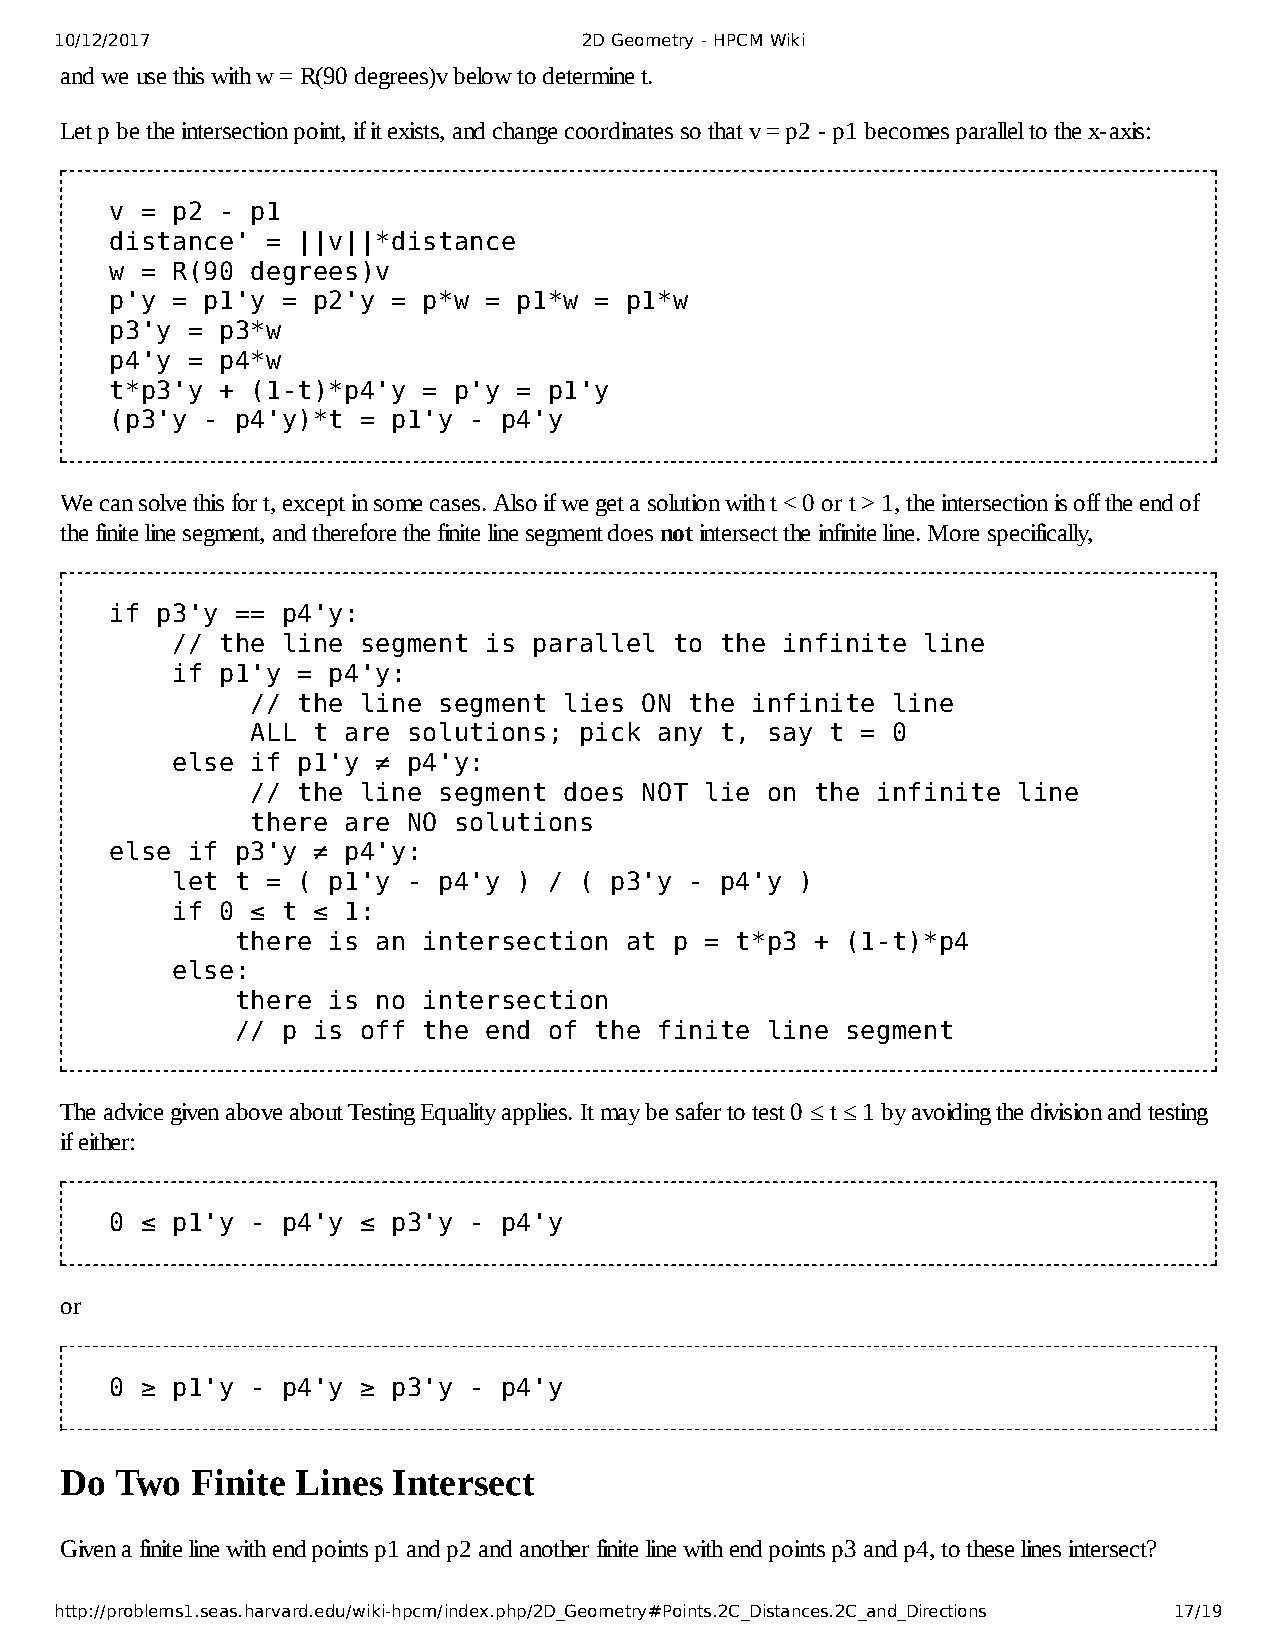
10/12/2017                         2D Geometry - HPCM Wiki
 and we use this with w = R(90 degrees)v below to determine t.
 Let p be the intersection point, if it exists, and change coordinates so that v = p2 - p1 becomes parallel to the x-axis:
 v = p2 -  p1
 distance'  = ||v||*distance
 w = R(90  degrees)v
 p'y = p1'y  = p2'y = p*w = p1*w = p1*w
 p3'y = p3*w
 p4'y = p4*w
 t*p3'y +  (1-t)*p4'y = p'y = p1'y
 (p3'y -  p4'y)*t = p1'y - p4'y
 We can solve this for t, except in some cases. Also if we get a solution with t < 0 or t > 1, the intersection is off the end of
 the finite line segment, and therefore the finite line segment does not intersect the infinite line. More specifically,
 if p3'y  == p4'y:
 // the  line segment is parallel  to the infinite line
 if p1'y  = p4'y:
 // the line segment lies ON  the infinite line
 ALL t are solutions; pick  any t, say t = 0
 else  if p1'y ≠ p4'y:
 // the line segment does NOT  lie on the infinite line
 there are NO solutions
 else if  p3'y ≠ p4'y:
 let  t = ( p1'y - p4'y ) / ( p3'y  - p4'y )
 if 0  ≤ t ≤ 1:
 there is an intersection at  p = t*p3 + (1-t)*p4
 else:
 there is no intersection
 // p is off the end of the  finite line segment
 The advice given above about Testing Equality applies. It may be safer to test 0 ≤ t ≤ 1 by avoiding the division and testing
 if either:
 0 ≤ p1'y  - p4'y ≤ p3'y - p4'y
 or
 0 ≥ p1'y  - p4'y ≥ p3'y - p4'y
 Do  Two  Finite Lines Intersect
 Given a finite line with end points p1 and p2 and another finite line with end points p3 and p4, to these lines intersect?
 http://problems1.seas.harvard.edu/wiki-hpcm/index.php/2D_Geometry#Points.2C_Distances.2C_and_Directions 17/19